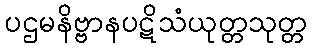
ပဌမနိဗ္ဗာနပဋိသံယုတ္တသုတ္တ